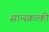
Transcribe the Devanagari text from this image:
सान्स्क्रत्की